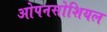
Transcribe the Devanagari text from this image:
ओपनसोशियल